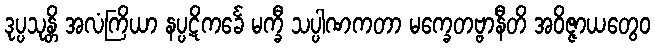
ဒုပ္ပသုန္တိ အလံကြိယာ နပ္ပဋိကင်္ခေ မက္ခီ သပ္ပါဏကတာ မက္ခေတဗ္ဗာနီတိ အဝိဇ္ဇာယတွေဝ